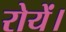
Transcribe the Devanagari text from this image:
रोयें।